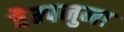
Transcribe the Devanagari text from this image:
वैम्पनुमा